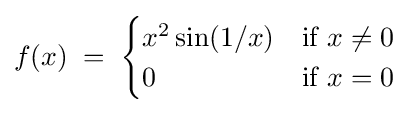
f(x)\;=\;{\begin{cases}x^{2}\sin(1/x)&{\text{if }}x\neq 0\\0&{\text{if }}x=0\end{cases}}